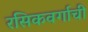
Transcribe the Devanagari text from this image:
रसिकवर्गाची